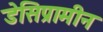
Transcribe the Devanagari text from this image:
डेसिप्रामीन